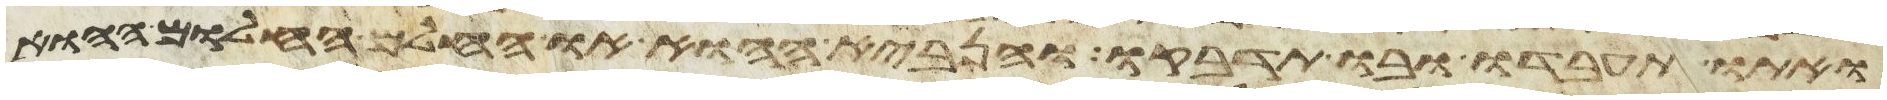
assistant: ואתו תעבדו ובו תדבקו והנביא ההוא או החלם החלום ההוא